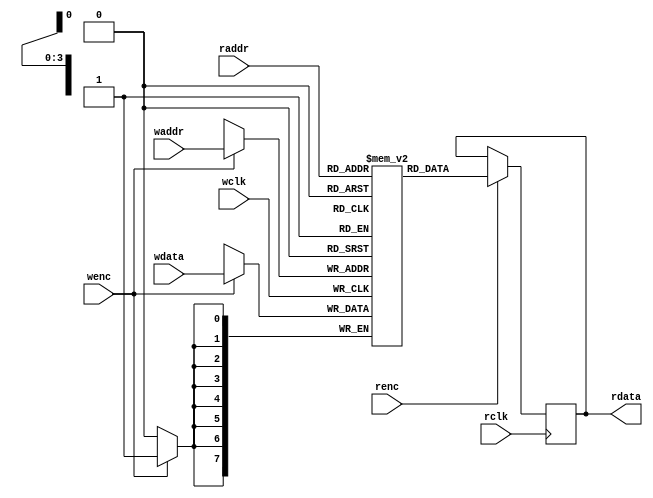
`timescale 1ns/1ns
/**********************************RAM************************************/
module dual_port_RAM #(parameter DEPTH = 16,
					   parameter WIDTH = 8)(
	 input wclk
	,input wenc
	,input [$clog2(DEPTH)-1:0] waddr  //2
	,input [WIDTH-1:0] wdata      	//
	,input rclk
	,input renc
	,input [$clog2(DEPTH)-1:0] raddr  //2
	,output reg [WIDTH-1:0] rdata 		//
);

reg [WIDTH-1:0] RAM_MEM [0:DEPTH-1];

always @(posedge wclk) begin
	if(wenc)
		RAM_MEM[waddr] <= wdata;
end 

always @(posedge rclk) begin
	if(renc)
		rdata <= RAM_MEM[raddr];
end 

endmodule  

/**********************************SFIFO************************************/
module sfifo#(
	parameter	WIDTH = 8,
	parameter 	DEPTH = 16
)(
	input 					clk		, 
	input 					rst_n	,
	input 					winc	,
	input 			 		rinc	,
	input 		[WIDTH-1:0]	wdata	,

	output reg				wfull	,
	output reg				rempty	,
	output wire [WIDTH-1:0]	rdata
);

    parameter ADDR_WIDTH = $clog2(DEPTH);

/*****************()********************/
    reg [ADDR_WIDTH:0] waddr_bin;
    reg [ADDR_WIDTH:0] raddr_bin;
    always @(posedge clk or negedge rst_n) begin
        if(!rst_n) waddr_bin <= 'd0;
        else if (!wfull && winc) waddr_bin <= waddr_bin + 1'b1;
    end

    always @(posedge clk or negedge rst_n) begin
        if(!rst_n) raddr_bin <= 'd0;
        else if (!rempty && rinc) raddr_bin <= raddr_bin + 1'b1;
    end

/*************************************/
wire [ADDR_WIDTH:0] tr_syn;
assign tr_syn = (waddr_bin[ADDR_WIDTH] == raddr_bin[ADDR_WIDTH]) ? (waddr_bin[ADDR_WIDTH:0] - raddr_bin[ADDR_WIDTH:0]) :
                                                                   (DEPTH + waddr_bin[ADDR_WIDTH-1:0] - raddr_bin[ADDR_WIDTH-1:0]);
always @(posedge clk or negedge rst_n) begin
    if(!rst_n) begin
        wfull <= 0;
        rempty <= 0;
    end
    else if(tr_syn == 0) begin
        rempty <= 1'b1;
    end
    else if(tr_syn == DEPTH) begin
        wfull <= 1'b1;
    end
    else begin
        wfull <= 0;
        rempty <= 0;
    end
end

/*************************************/
	wire [ADDR_WIDTH-1:0] waddr;
	wire [ADDR_WIDTH-1:0] raddr;
	assign waddr = waddr_bin[ADDR_WIDTH-1:0];
	assign raddr = raddr_bin[ADDR_WIDTH-1:0];

    dual_port_RAM #(
        .DEPTH ( DEPTH ),
        .WIDTH (WIDTH) )
    inst_dual_port_RAM (
        .wclk              (clk),
        .wenc              (winc & !wfull),
        .waddr             (waddr),
        .wdata             (wdata),
        .rclk              (clk),
        .renc              (rinc & !rempty),
        .raddr             (raddr),
        .rdata             (rdata)
    );

endmodule